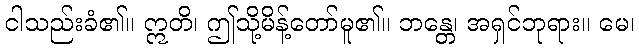
ငါသည်းခံ၏။ ဣတိ၊ ဤသို့မိန့်တော်မူ၏။ ဘန္တေ၊ အရှင်ဘုရား။ မေ၊